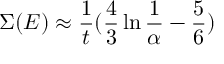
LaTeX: \Sigma ( E ) \approx \frac { 1 } { t } ( \frac { 4 } { 3 } \ln \frac { 1 } { \alpha } - \frac { 5 } { 6 } )